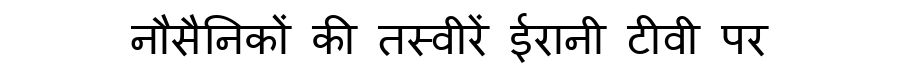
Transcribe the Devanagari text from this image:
नौसैनिकों की तस्वीरें ईरानी टीवी पर